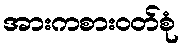
အားကစားဝတ်စုံ